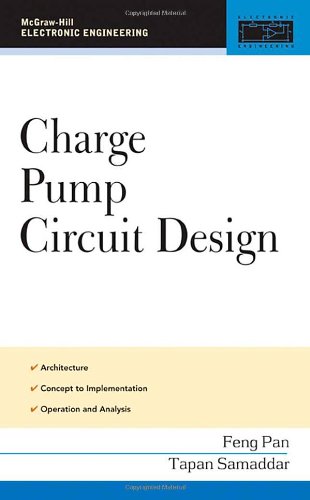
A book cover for Charge Pump Circuit Design (McGraw-Hill Elctronic Engineering); Feng Pan; Engineering & Transportation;